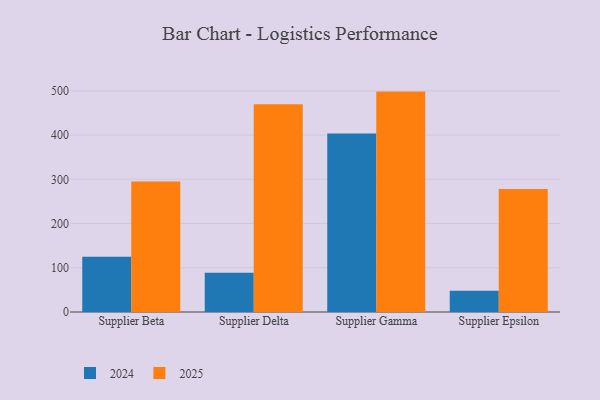
{"axis": {"x": "Supplier", "y": "Waste Production (Tons)"}, "legend": ["2024", "2025"], "data": [{"x": "Supplier Beta", "y": 124.9, "type": "2024"}, {"x": "Supplier Beta", "y": 294.8, "type": "2025"}, {"x": "Supplier Delta", "y": 88.6, "type": "2024"}, {"x": "Supplier Delta", "y": 469.6, "type": "2025"}, {"x": "Supplier Gamma", "y": 403.3, "type": "2024"}, {"x": "Supplier Gamma", "y": 498.3, "type": "2025"}, {"x": "Supplier Epsilon", "y": 47.8, "type": "2024"}, {"x": "Supplier Epsilon", "y": 278.3, "type": "2025"}]}